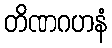
တိဏဂဟနံ